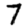
Digit: 7